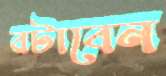
রটাবেন